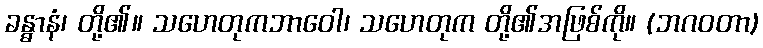
ခန္ဓာနံ၊ တို့၏။ သဟေတုကဘာဝေါ၊ သဟေတုက တို့၏အဖြစ်ကို။ (ဘဂဝတာ)